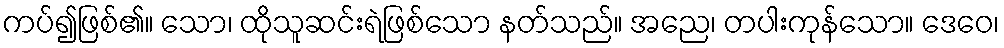
ကပ်၍ဖြစ်၏။ သော၊ ထိုသူဆင်းရဲဖြစ်သော နတ်သည်။ အညေ၊ တပါးကုန်သော။ ဒေဝေ၊